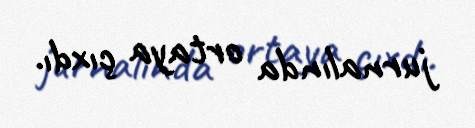
jurnalında ortaya çıxdı.